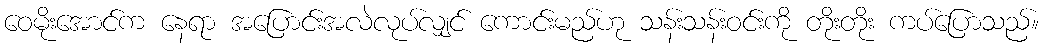
ဝေမိုးအောင်က နေရာ အပြောင်းအလဲလုပ်လျှင် ကောင်းမည်ဟု သန်းသန်းဝင်းကို တိုးတိုး ကပ်ပြောသည်။